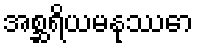
အစ္ဆရိယမနုဿော